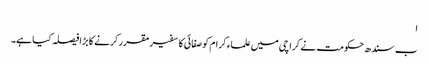
ا
ب سندھ حکومت نے کراچی میں علماء کرام کو صفائی کا سفیر مقرر کرنے کا بڑا فیصلہ کیا ہے۔